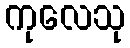
ကုလေသု